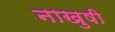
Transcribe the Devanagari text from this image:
नाखुषी